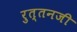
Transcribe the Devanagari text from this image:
रुत्तनजी